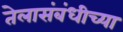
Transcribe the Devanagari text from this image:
तेलासंबंधीच्या